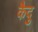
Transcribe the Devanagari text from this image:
कैदु